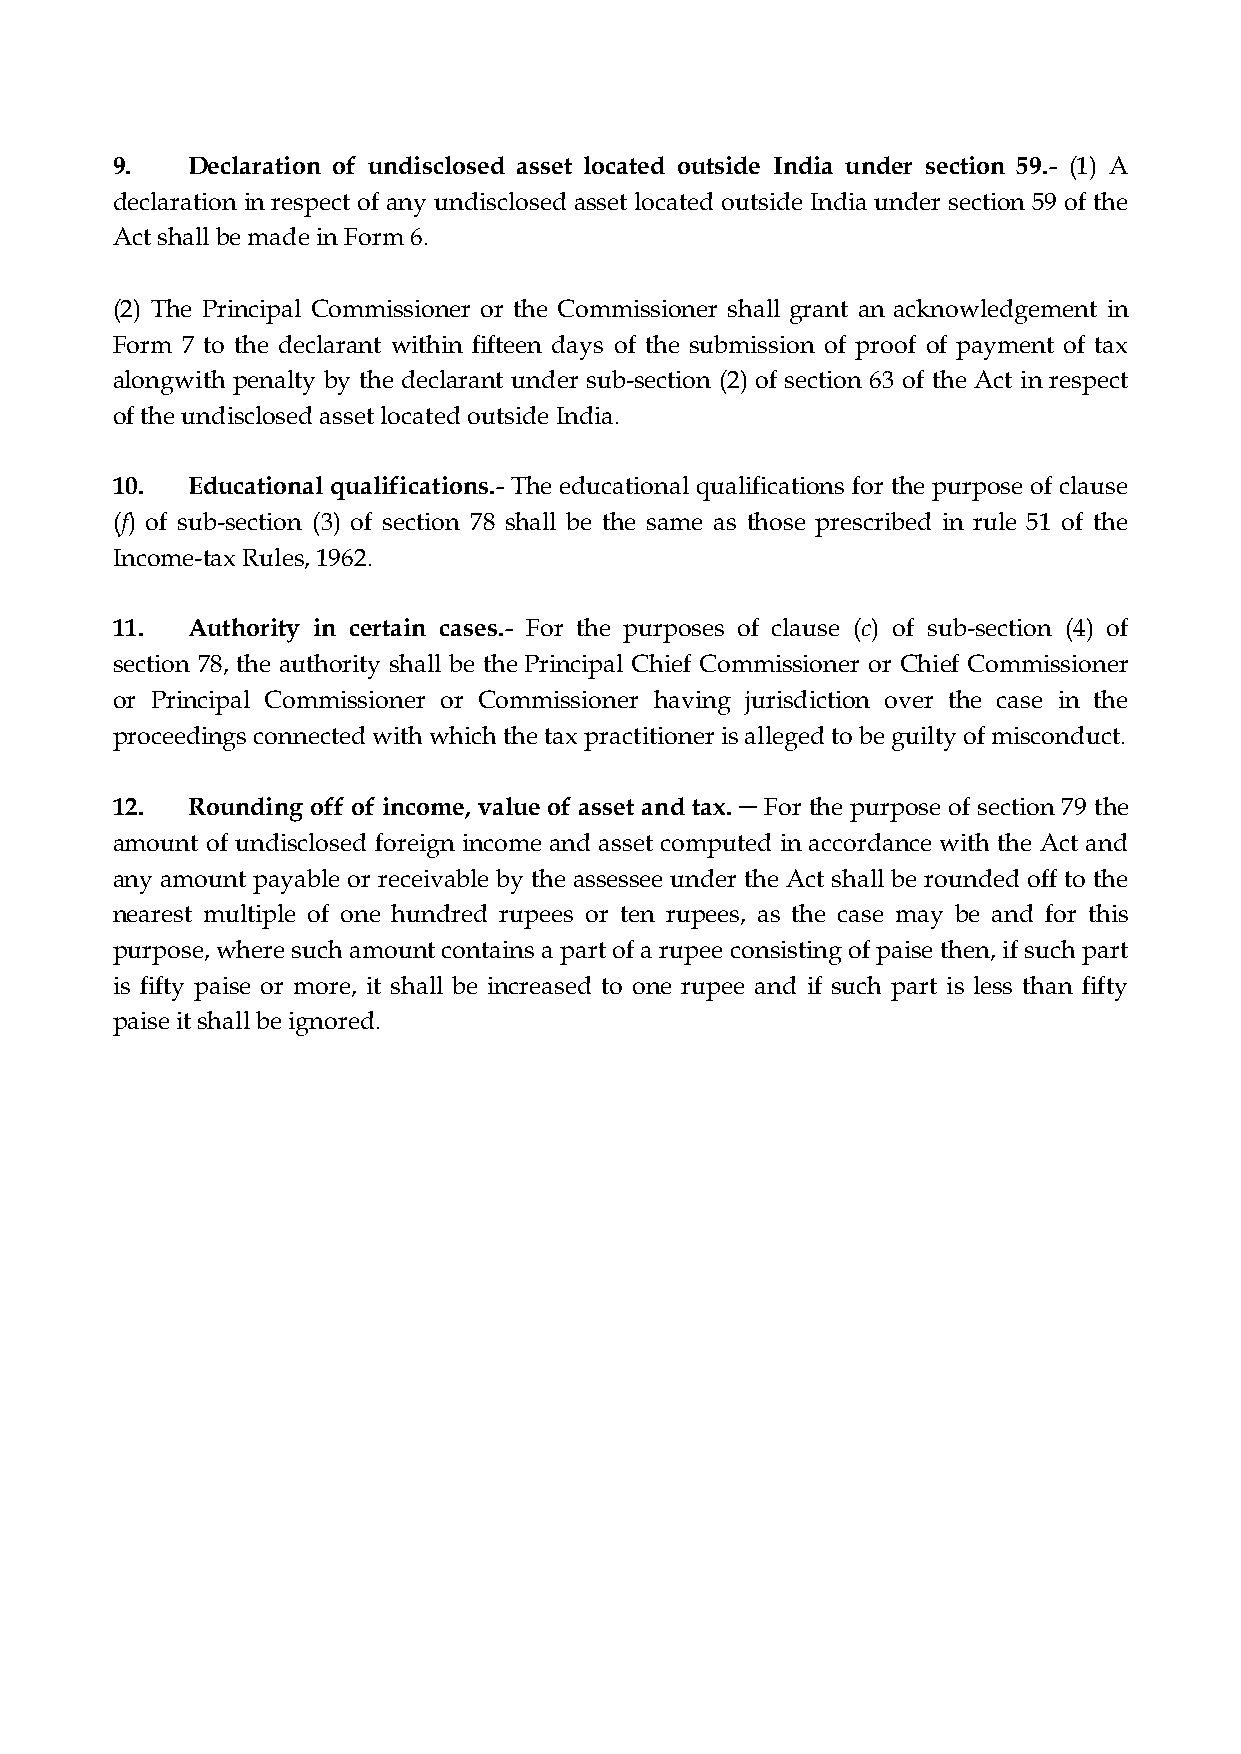
9.   Declaration of undisclosed asset located outside India under section 59.- (1) A
 declaration in respect of any undisclosed asset located outside India under section 59 of the
 Act shall be made in Form 6.
 (2) The Principal Commissioner or the Commissioner shall grant an acknowledgement in
 Form 7 to the declarant within fifteen days of the submission of proof of payment of tax
 alongwith penalty by the declarant under sub-section (2) of section 63 of the Act in respect
 of the undisclosed asset located outside India.
 10.  Educational qualifications.- The educational qualifications for the purpose of clause
 (f) of sub-section (3) of section 78 shall be the same as those prescribed in rule 51 of the
 Income-tax Rules, 1962.
 11.  Authority in certain cases.- For the purposes of clause (c) of sub-section (4) of
 section 78, the authority shall be the Principal Chief Commissioner or Chief Commissioner
 or Principal Commissioner or Commissioner having jurisdiction over the case in the
 proceedings connected with which the tax practitioner is alleged to be guilty of misconduct.
 12.  Rounding off of income, value of asset and tax. ─ For the purpose of section 79 the
 amount of undisclosed foreign income and asset computed in accordance with the Act and
 any amount payable or receivable by the assessee under the Act shall be rounded off to the
 nearest multiple of one hundred rupees or ten rupees, as the case may be and for this
 purpose, where such amount contains a part of a rupee consisting of paise then, if such part
 is fifty paise or more, it shall be increased to one rupee and if such part is less than fifty
 paise it shall be ignored.